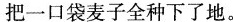
把一口袋麦子全种下了地。